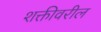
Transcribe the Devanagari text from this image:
शक्तीवरील